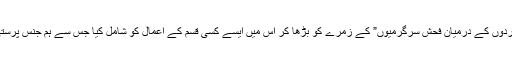
وزارت کے حکام نے “مردوں کے درمیان فحش سرگرمیوں” کے زمرے کو بڑھا کر اس میں ایسے کسی قسم کے اعمال کو شامل کیا جس سے ہم جنس پرستی کا مفہوم لیا جا سکتا ہو۔